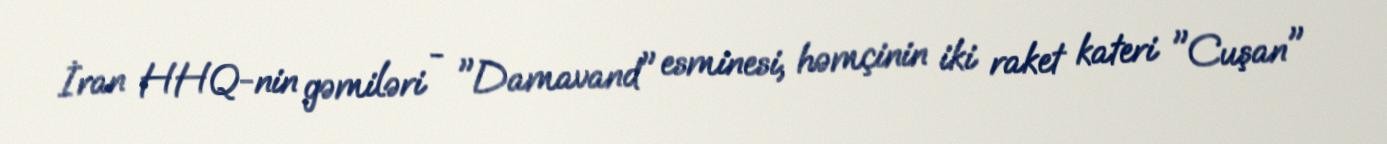
İran HHQ-nin gəmiləri - "Damavand" esminesi, həmçinin iki raket kateri "Cuşan"